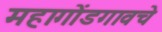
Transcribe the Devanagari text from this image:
महागोंडगावचे